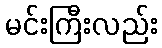
မင်းကြီးလည်း